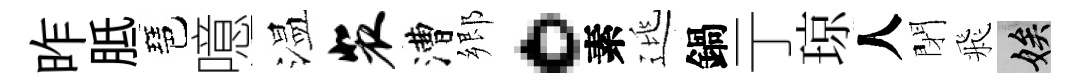
昨胝琶噫温裴漕郷。素逃鍋亍琼人閉飛娭